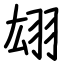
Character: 翃